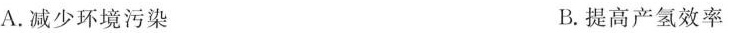
A.减少环境污染 B.提高产氢效率